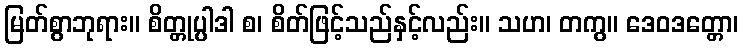
မြတ်စွာဘုရား။ စိတ္တုပ္ပါဒါ စ၊ စိတ်ဖြင့်သည်နှင့်လည်း။ သဟ၊ တကွ။ ဒေဝဒတ္တော၊